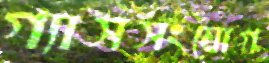
গ্যাসসংযোগ